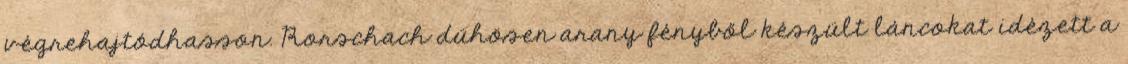
végrehajtódhasson. Rorschach dühösen arany fényből készült láncokat idézett a